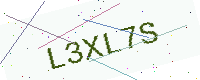
Text: L3XL7S